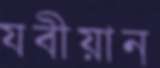
যবীয়ান